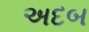
અદબ